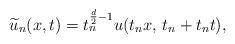
LaTeX: \begin{align*}\widetilde{u}_n(x,t)=t_n^{\frac{d}{2}-1}u(t_nx,\,t_n+t_nt),\end{align*}